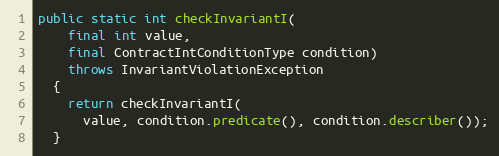
Language: Java
public static int checkInvariantI(
    final int value,
    final ContractIntConditionType condition)
    throws InvariantViolationException
  {
    return checkInvariantI(
      value, condition.predicate(), condition.describer());
  }